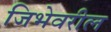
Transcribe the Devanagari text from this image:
जिभेवरील